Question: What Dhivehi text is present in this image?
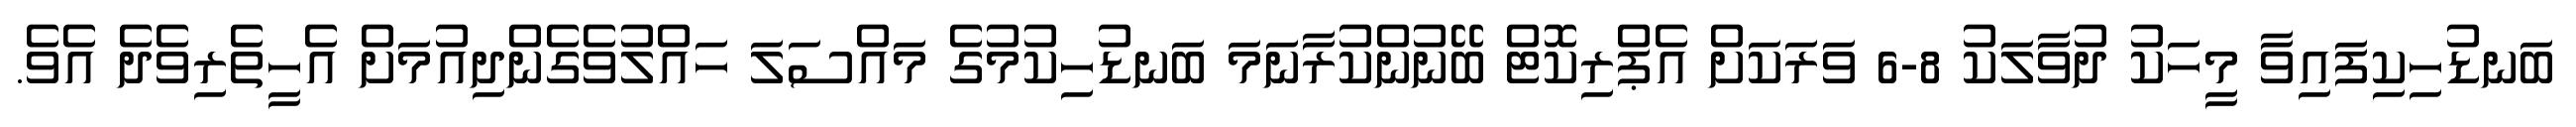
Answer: ބަނޑުހިކިފައިވާ މީހަކު ދުވާލަކު 8-6 ވަރަކަށް އެޕްރިކޮޓް ބޭނުންކުރާނަމަ ބަނޑުހިކުމުގެ މައްސަލަ ހައްލުވެގެންދިއުމަށް އެހީތެރިވެދެ އެވެ.